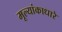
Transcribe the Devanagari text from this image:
मूल्यांकाधारे